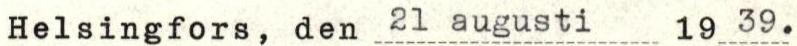
Helsingfors, den  21 augusti  1939.